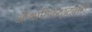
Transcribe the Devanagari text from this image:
औद्यागिकदृष्ट्याही